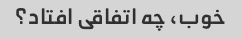
خوب، چه اتفاقی افتاد؟